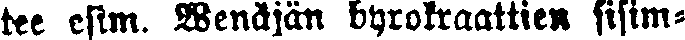
tee esim. Wenäjän byrokraattien sisim-